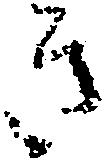
き